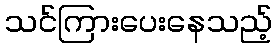
သင်ကြားပေးနေသည့်